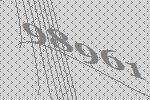
98961